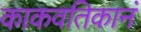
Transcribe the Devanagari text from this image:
काकवतिकानं